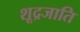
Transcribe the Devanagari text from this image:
शूद्रजाति